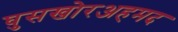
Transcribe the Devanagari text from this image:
घुसखोरअहमद